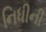
નિધીની